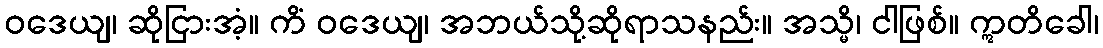
ဝဒေယျ၊ ဆိုငြားအံ့။ ကိံ ဝဒေယျ၊ အဘယ်သို့ဆိုရာသနည်း။ အသ္မိ၊ ငါဖြစ်။ ဣတိခေါ၊